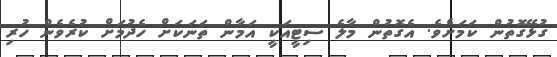
ގުޅޭގޮތުން ކަމަށެވެ. އެގޮތުން މާލެ ސިޓީއަކީ އަމާން ތަނަކަށް ހެދުމަށް ކުރެވެން ހުރި